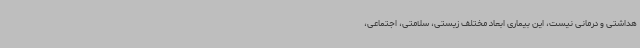
هداشتی و درمانی نیست، این بیماری ابعاد مختلف زیستی، سلامتی، اجتماعی،